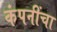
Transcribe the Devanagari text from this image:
कंपनींचा